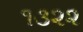
૧૩૨૨